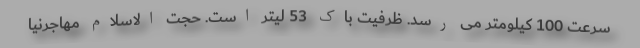
سرعت 100 کیلومتر می رسد. ظرفیت باک 53 لیتر است. حجت الاسلام مهاجرنیا